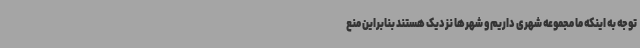
توجه به اینکه ما مجموعه شهری داریم و شهرها نزدیک هستند بنابراین منع